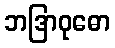
ဘဒြာဝုဓော